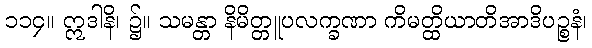
၁၁၄။ ဣဒါနိ၊ ၌။ သမန္တာ နိမိတ္တူပလက္ခဏာ ကိမတ္ထိယာတိအာဒိပဉ္စနံ၊